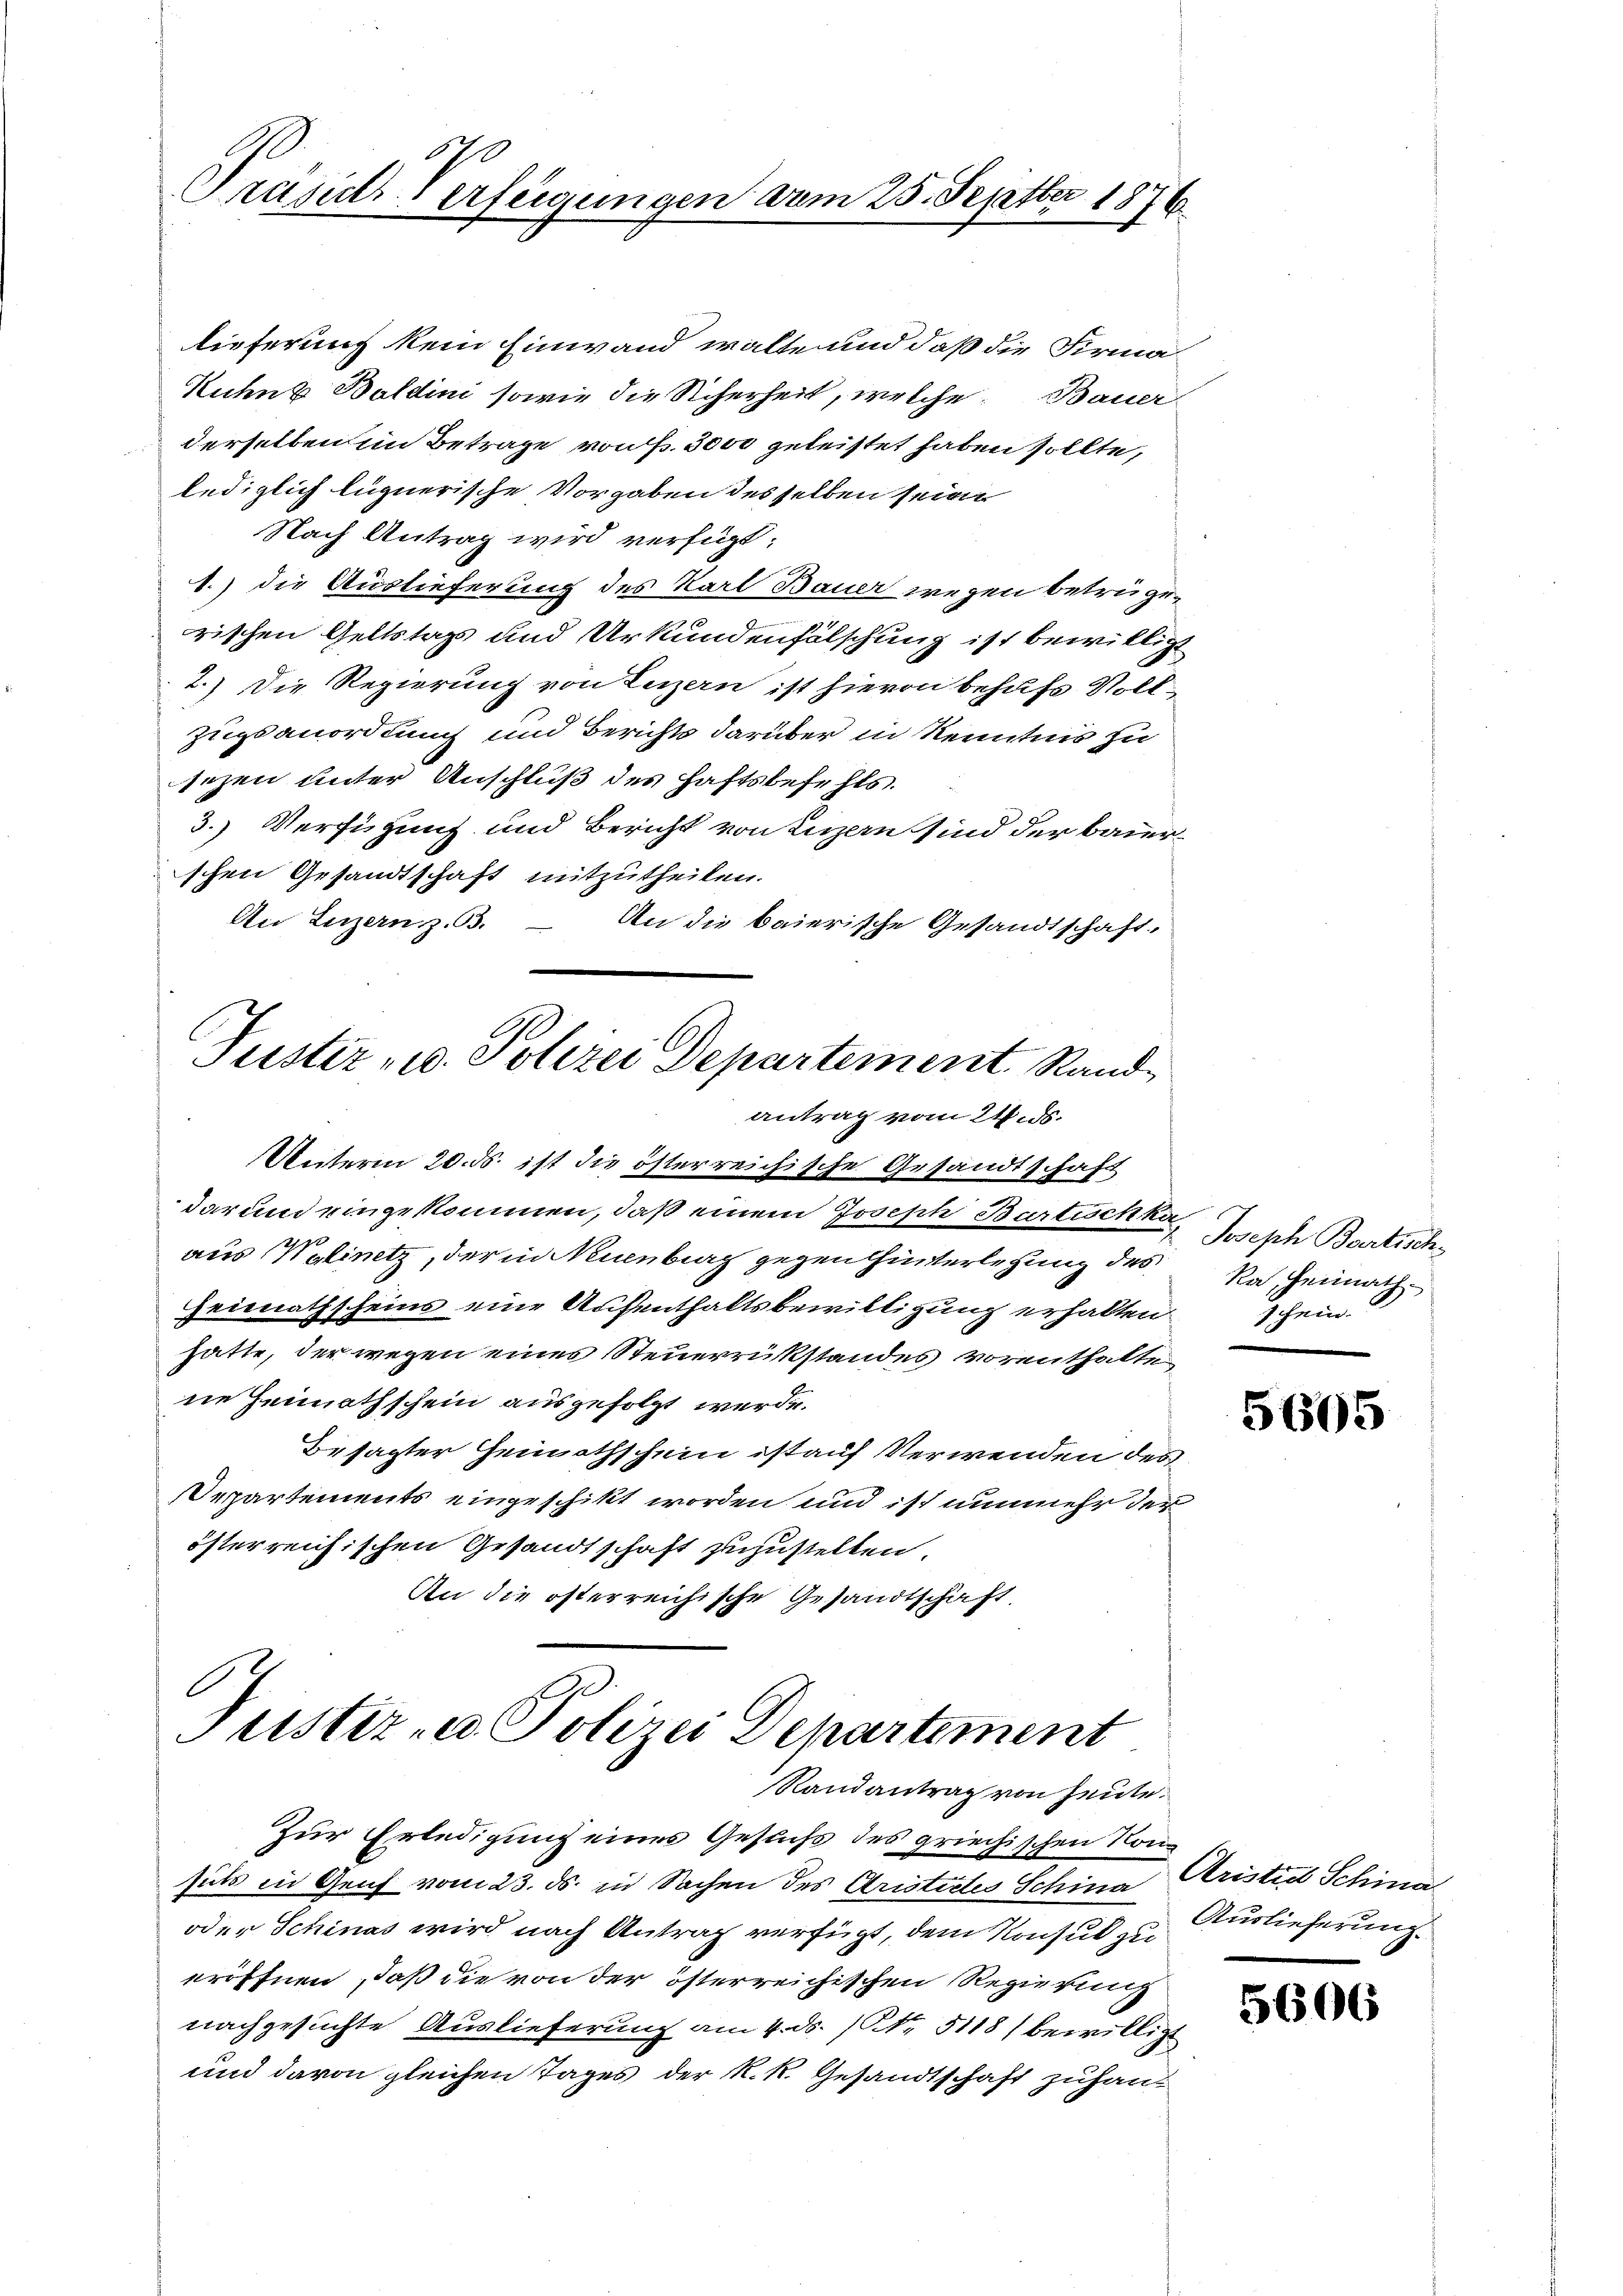
Präsid. Verfügungen vom 25. Septber 1876.

lieferung kein Einwand walte und daß die Firma
Kuhns Baldini sowie die Scherheit, welche Bauer
derselben im Betrage von Fr. 3000 geleistet haben sollte,
lediglich lignerische Vorgaben desselben seine
Nach Antrag wird verfügt:
1.) die Auslieferung des Karl Bauer wegen betrugerischen Geltstags und Urkundenfälschung ist bewilligt
2.) Die Regierung von Luzern ist hievon behufs Voll¬
Zuganordnung und Berichts darüber in Kenntnis zu
sezen unter Anschluß des haftsbefehls.
3.) Verfügung und Bericht von Luzern sind der baierschen Gesandtschaft mitzutheilen.
An Luzern z. B.
An die baierische Gesandtschaft.
Justiz u. Polizei Departement Standantrag vom 21. ds.
Unterm 20. ds. ist die österreichische Gesandtschaft
dar und eingekommen, daß einem Joseph Bartischte Guth Bartischaus Walinetz, der in Neuenburg gegen hinterlegung des
Heimathscheins eine Aufenthaltsbewilligung erhalten schein
hatte, der wegen eines Steuerrükstandes vorenthalte
ne Heimathschein ausgefolgt werde.
Besagter Heimathschein ist auf Verwenden des
epartements eingeschikt worden und ist nunmehr der
österreichischen Gesandtschaft zuzustellen.
An die österreichische Gesandtschaft.

Justiz- u. Polizei Departement
Randantrag von Heute.

Zur Erledigung eines Gesuchs des griechischen Konsuls in Genf vom 23. ds. in Sachen des Aristirtes Schina Aristid Schina
oder Schinas wird nach Antrag verfügt, dem Konsul zu
eröffnen, daß die von der österreichischen Regierung
nachgesuchte Auslieferung am 4. ds. (N. 5118) bewilligt
und davon gleichen Tages der k. k. Gesandtschaft zuhan-

Ra, Heimath

5605

Auslieferung.

560.